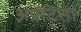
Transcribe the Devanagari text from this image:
अप्रेंटिस।